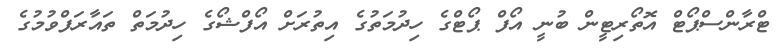
ޓްރާންސްޕޯޓް އޮތޯރިޓީން ބުނީ އޯފް ޕޯޓްގެ ހިދުމަތުގެ އިތުރަށް އޯފްޝޯގެ ހިދުމަތް ތައާރަފްވުމުގެ